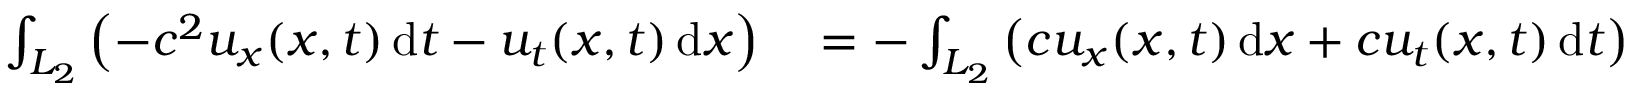
\begin{array} { r l } { \int _ { L _ { 2 } } \left( - c ^ { 2 } u _ { x } ( x , t ) \, \mathrm { d } t - u _ { t } ( x , t ) \, \mathrm { d } x \right) } & { { } = - \int _ { L _ { 2 } } \left( c u _ { x } ( x , t ) \, \mathrm { d } x + c u _ { t } ( x , t ) \, \mathrm { d } t \right) } \end{array}